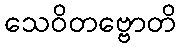
သေဝိတဗ္ဗောတိ